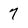
Character: 7